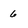
Character: 6